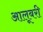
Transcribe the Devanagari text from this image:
आलूबरी